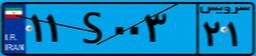
۱۱S۰۰۳۲۱